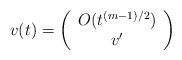
LaTeX: \begin{align*}v(t)=\left(\begin{array}{c}O(t^{(m-1)/2}) \\ v^\prime \end{array}\right)\end{align*}